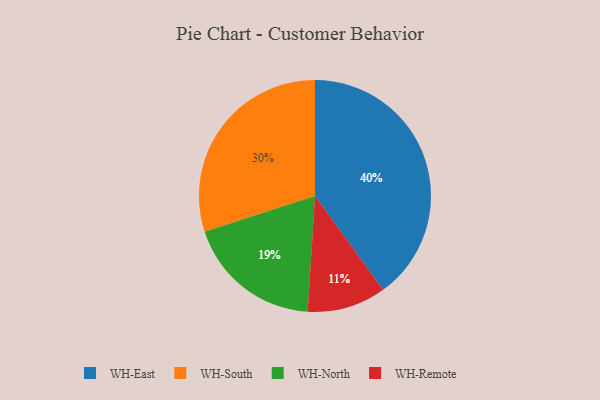
{"axis": {"x": "Category", "y": "Percentage"}, "legend": ["WH-East", "WH-North", "WH-Remote", "WH-South"], "data": [{"x": "WH-Remote", "y": 11, "type": "WH-Remote"}, {"x": "WH-East", "y": 40, "type": "WH-East"}, {"x": "WH-South", "y": 30, "type": "WH-South"}, {"x": "WH-North", "y": 19, "type": "WH-North"}]}